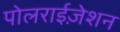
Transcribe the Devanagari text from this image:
पोलराईज़ेशन